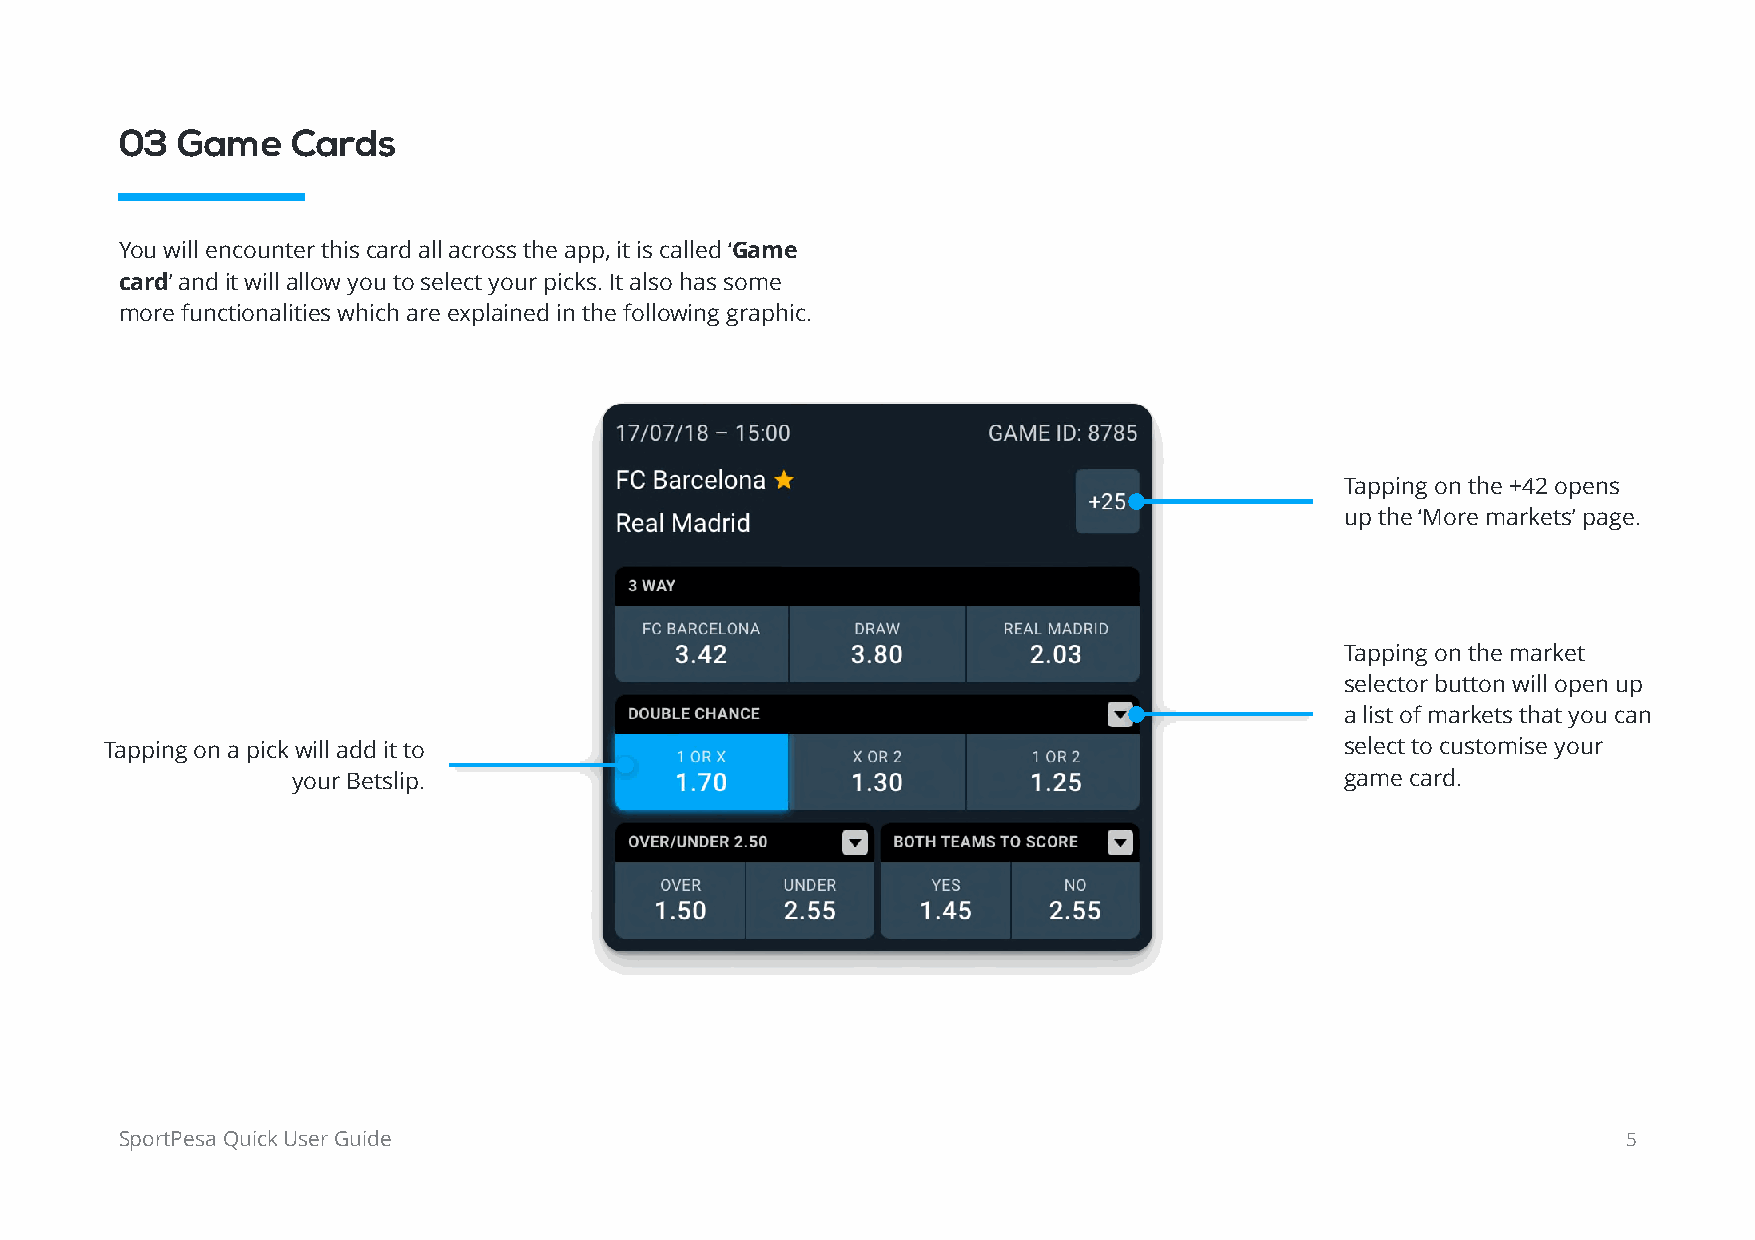
03  Game   Cards
 You will encounter this card all across the app, it is called ‘Game
 card’ and it will allow you to select your picks. It also has some
 more functionalities which are explained in the following graphic.
 Tapping on the +42 opens
 up the ‘More markets’ page.
 Tapping on the market
 selector button will open up
 a list of markets that you can
 Tapping on a pick will add it to                                                  select to customise your
 your Betslip.                                                         game card.
 SportPesa Quick User Guide                                                                          5